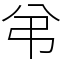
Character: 弚